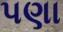
પણા